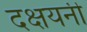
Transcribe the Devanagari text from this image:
दक्षयनी